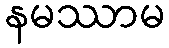
နမဿာမ